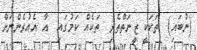
(ނުބައި)  ތަކަކީ ޒީނަތްތެރި  ތަކެއް ކަމުގައި  އާ އެއުރެންނަށް